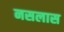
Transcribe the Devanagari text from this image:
नसलास